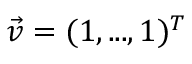
\vec { v } = ( 1 , . . . , 1 ) ^ { T }